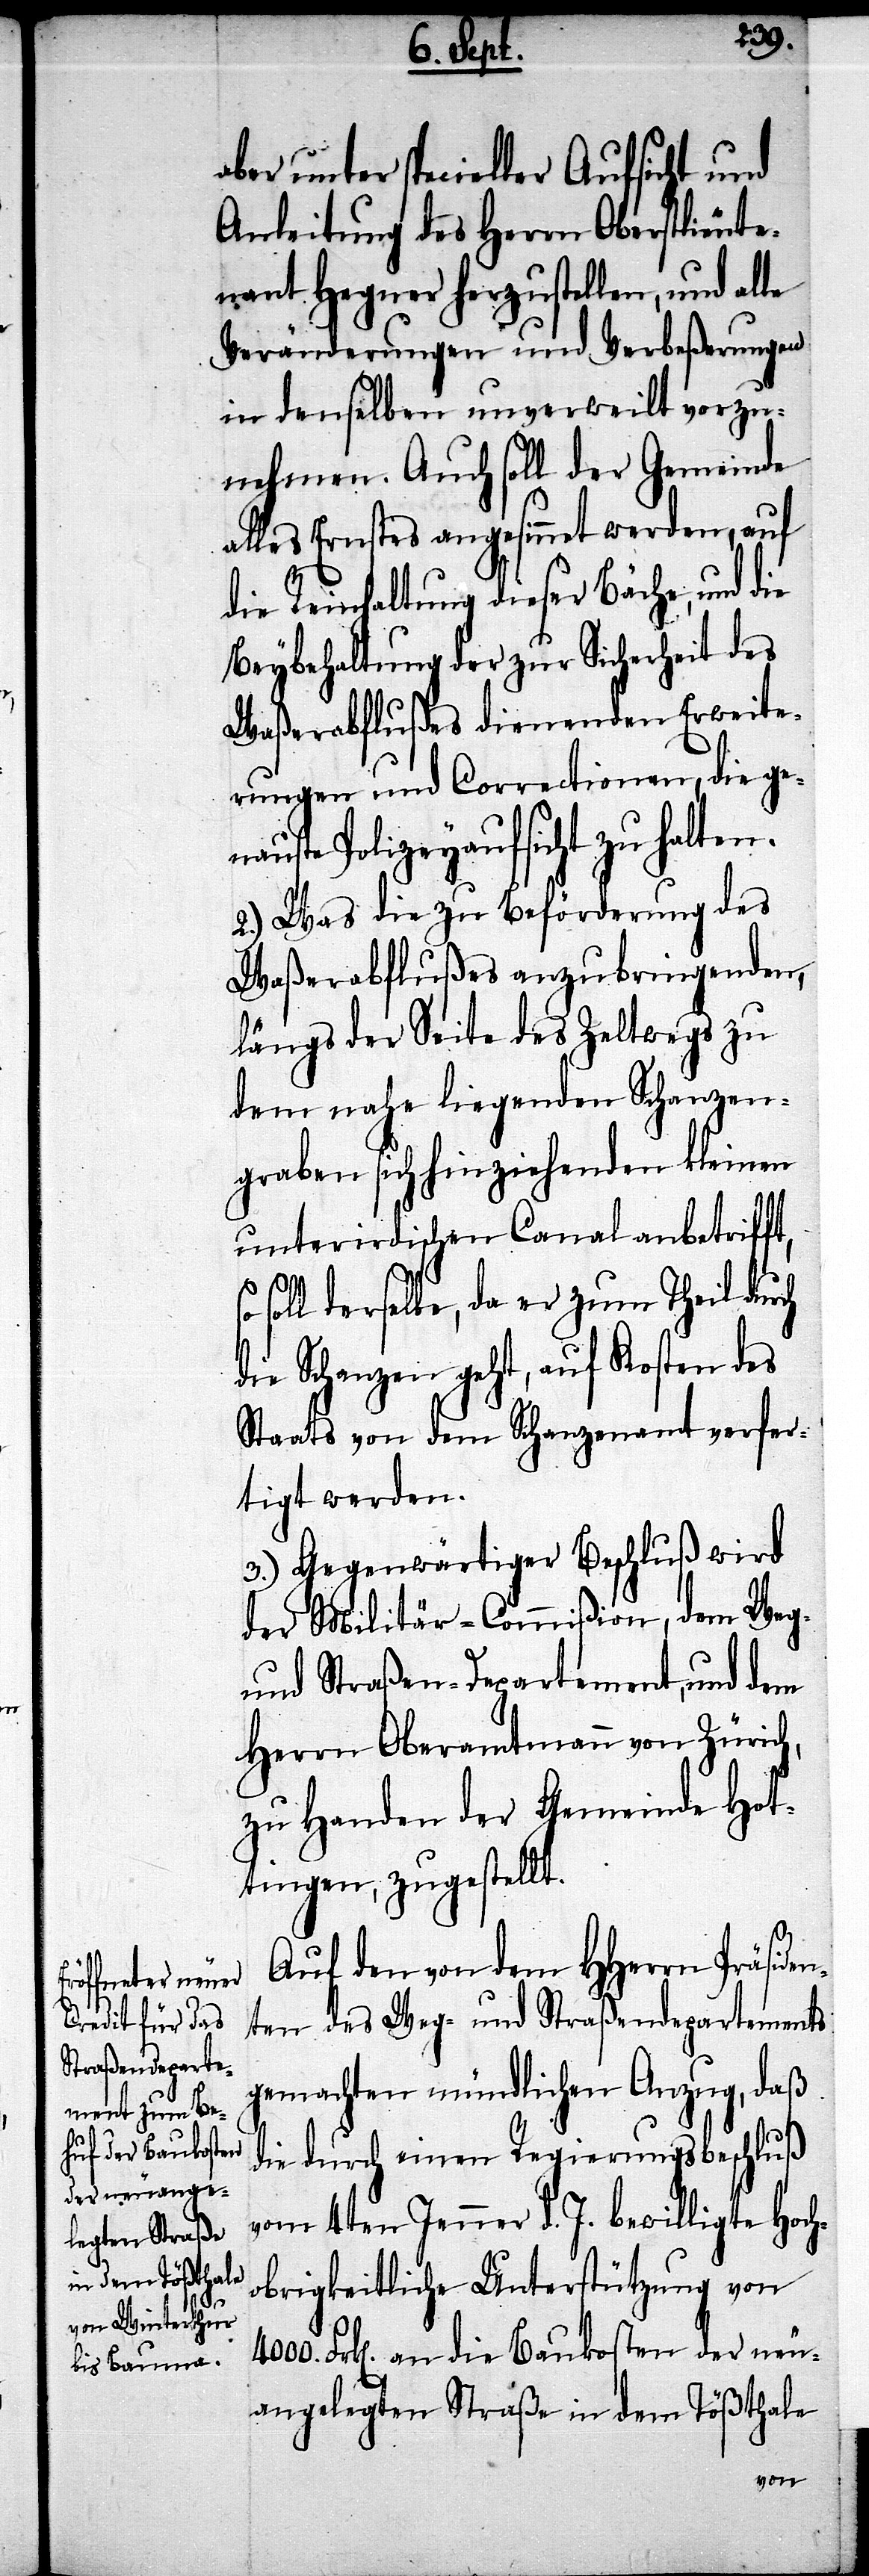
aber unter specieller Aufsicht und
Anleitung des Herrn Oberlieunte¬
nant Hegner herzustellen, und alle
Veränderungen und Verbeßerungen
in denselben unverweilt vorzu¬
nehmen. Auch soll der Gemeinde
alles Ernstes angesinnet werden, auf
die Reinhaltung dieser Bäche, und die
Beybehaltung der zur Sicherheit des
Waßerabflußes dienenden Erweite¬
rungen und Correctionen, die ge¬
nannte Polizeyaufsicht zu halten.
2.) Was die zu Beförderung des
Waßerabflußes anzubringenden,
längs der Seite des Zeltwegs zu
dem nahe liegenden Schanzen¬
graben sich hinziehenden kleinen
unterirdischen Canal anbetrifft,
soll derselbe, da er zum Theil durch
die Schanzen geht, auf Kosten des
Staats von dem Schanzenamt verfer¬
tigt werden.
3.) Gegenwärtiger Beschluß wird
der Militär-Commißion, dem Weg-
und Straßen-Departement, und dem
Herrn Oberamtmann von Zürich,
zu Handen der Gemeinde Hot¬
tingen, zugestellt.
Auf den von dem HHerrn Präsiden¬
ten des Weg- und Straßendepartements
gemachten mündlichen Anzug, daß
die durch einen Regierungsbeschluß
vom 4ten Jenner d. J. bewilligte Hoch¬
obrigkeitliche Unterstützung von
Frk[en]. an die Baukosten der neu
angelegten Straße in dem Tößthale